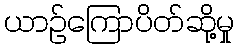
ယာဉ်ကြောပိတ်ဆို့မှု